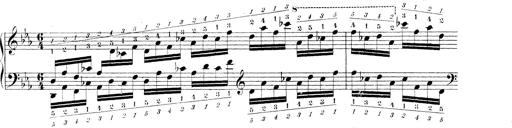
Title: Technische Studien
Composer: Franz Liszt